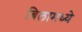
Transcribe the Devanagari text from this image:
बिलामध्ये